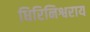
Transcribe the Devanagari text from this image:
धिरिनिश्वराय